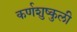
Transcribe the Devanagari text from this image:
कर्णशुष्कुली